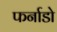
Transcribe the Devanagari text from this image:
फर्नाडो